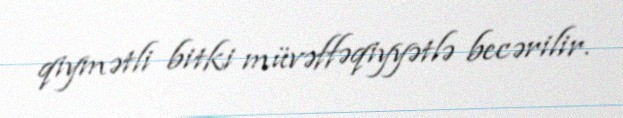
qiymətli bitki müvəffəqiyyətlə becərilir.